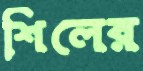
শিলের